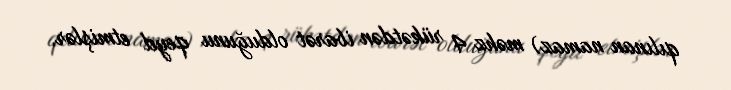
qılınan namaz) məhz 4 rükətdən ibarət olduğunu qeyd etmişlər.